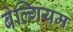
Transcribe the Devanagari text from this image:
बेल्गियम